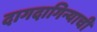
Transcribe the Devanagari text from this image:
दागदागिन्याची